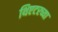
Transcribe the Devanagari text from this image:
थिएटरच्या